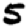
Digit: 5